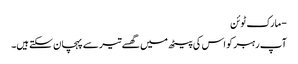
- مارک ٹوئن
آپ رہبر کو اس کی پیٹھ میں گھسے تیر سے پہچان سکتے ہیں۔